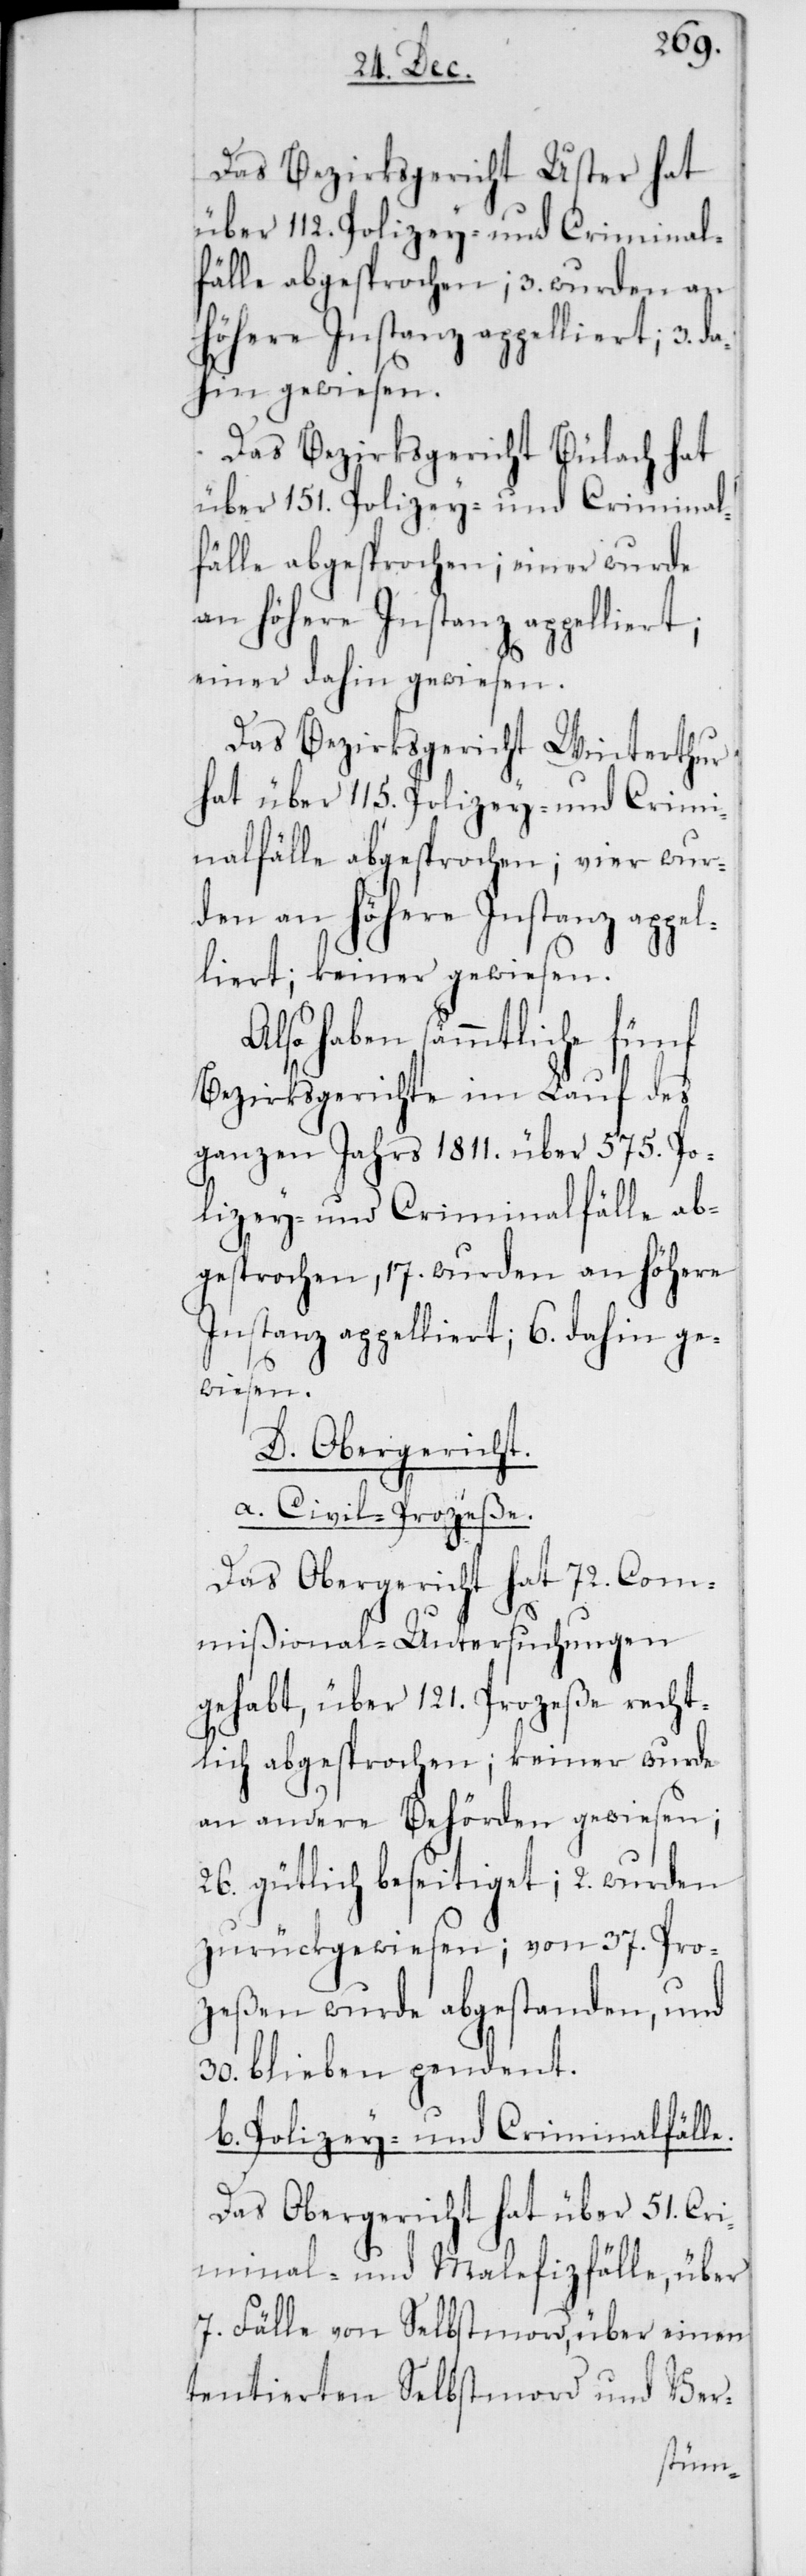
Das Bezirksgericht Uster hat
fälle abgesprochen; 3. wurden an
höhere Instanz appelliert; 3. d¬
ahin gewiesen.
Das Bezirksgericht Bülach hat
über 151. Polizey- und Criminal¬
fälle abgesprochen; einer wurde
an höhere Instanz appelliert;
einer dahin gewiesen.
Das Bezirksgericht Winterthur
hat über 115. Polizey- und Crimi¬
nalfälle abgesprochen; vier wur¬
den an höhere Instanz appel¬
liert; keiner gewiesen.
Also haben sämmtliche fünf
Bezirksgerichte im Lauf des
ganzen Jahrs 1811. über 575. Po¬
lizey- und Criminalfälle ab¬
gesprochen, 17. wurden an höhere
Instanz appelliert; 6. dahin ge¬
wiesen.
D. Obergericht.
a. Civil-Prozeße.
Das Obergericht hat 72. Com¬
e.
mißional-Untersuchungen
gehabt, über 121. Prozeße recht¬
lich abgesprochen; keiner wurde
an andere Behörden gewiesen;
26. gütlich beseitiget; 2. wurden
zurückgewiesen; von 37. Pro¬
zeßen wurde abgestanden und
30. blieben pendet.
b. Polizey- und Criminalfäll¬
Das Obergericht hat über 51. Cri¬
minal- und Malefizfälle, über
7. Fälle von Selbstmord, über einen
tentierten Selbstmord und Ver-